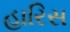
હારિસ